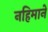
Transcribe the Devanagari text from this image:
नहिमाने